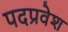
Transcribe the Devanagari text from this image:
पदप्रवेश